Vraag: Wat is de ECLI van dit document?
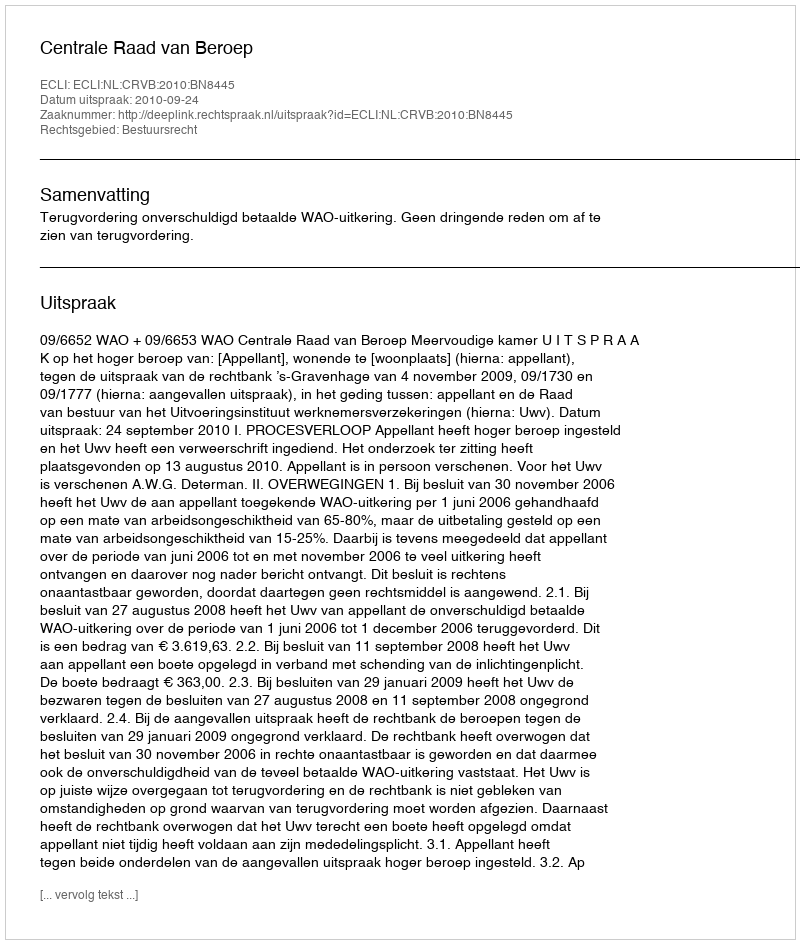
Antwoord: ECLI:NL:CRVB:2010:BN8445